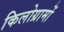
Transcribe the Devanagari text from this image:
किलोग्रामों